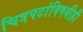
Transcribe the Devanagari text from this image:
चित्रपटांविषयीही